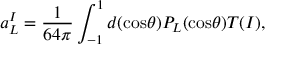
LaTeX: a _ { L } ^ { I } = { \frac { 1 } { 6 4 \pi } } \int _ { - 1 } ^ { 1 } d ( \mathrm { c o s } \theta ) P _ { L } ( \mathrm { c o s } \theta ) T ( I ) ,